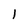
Character: 1